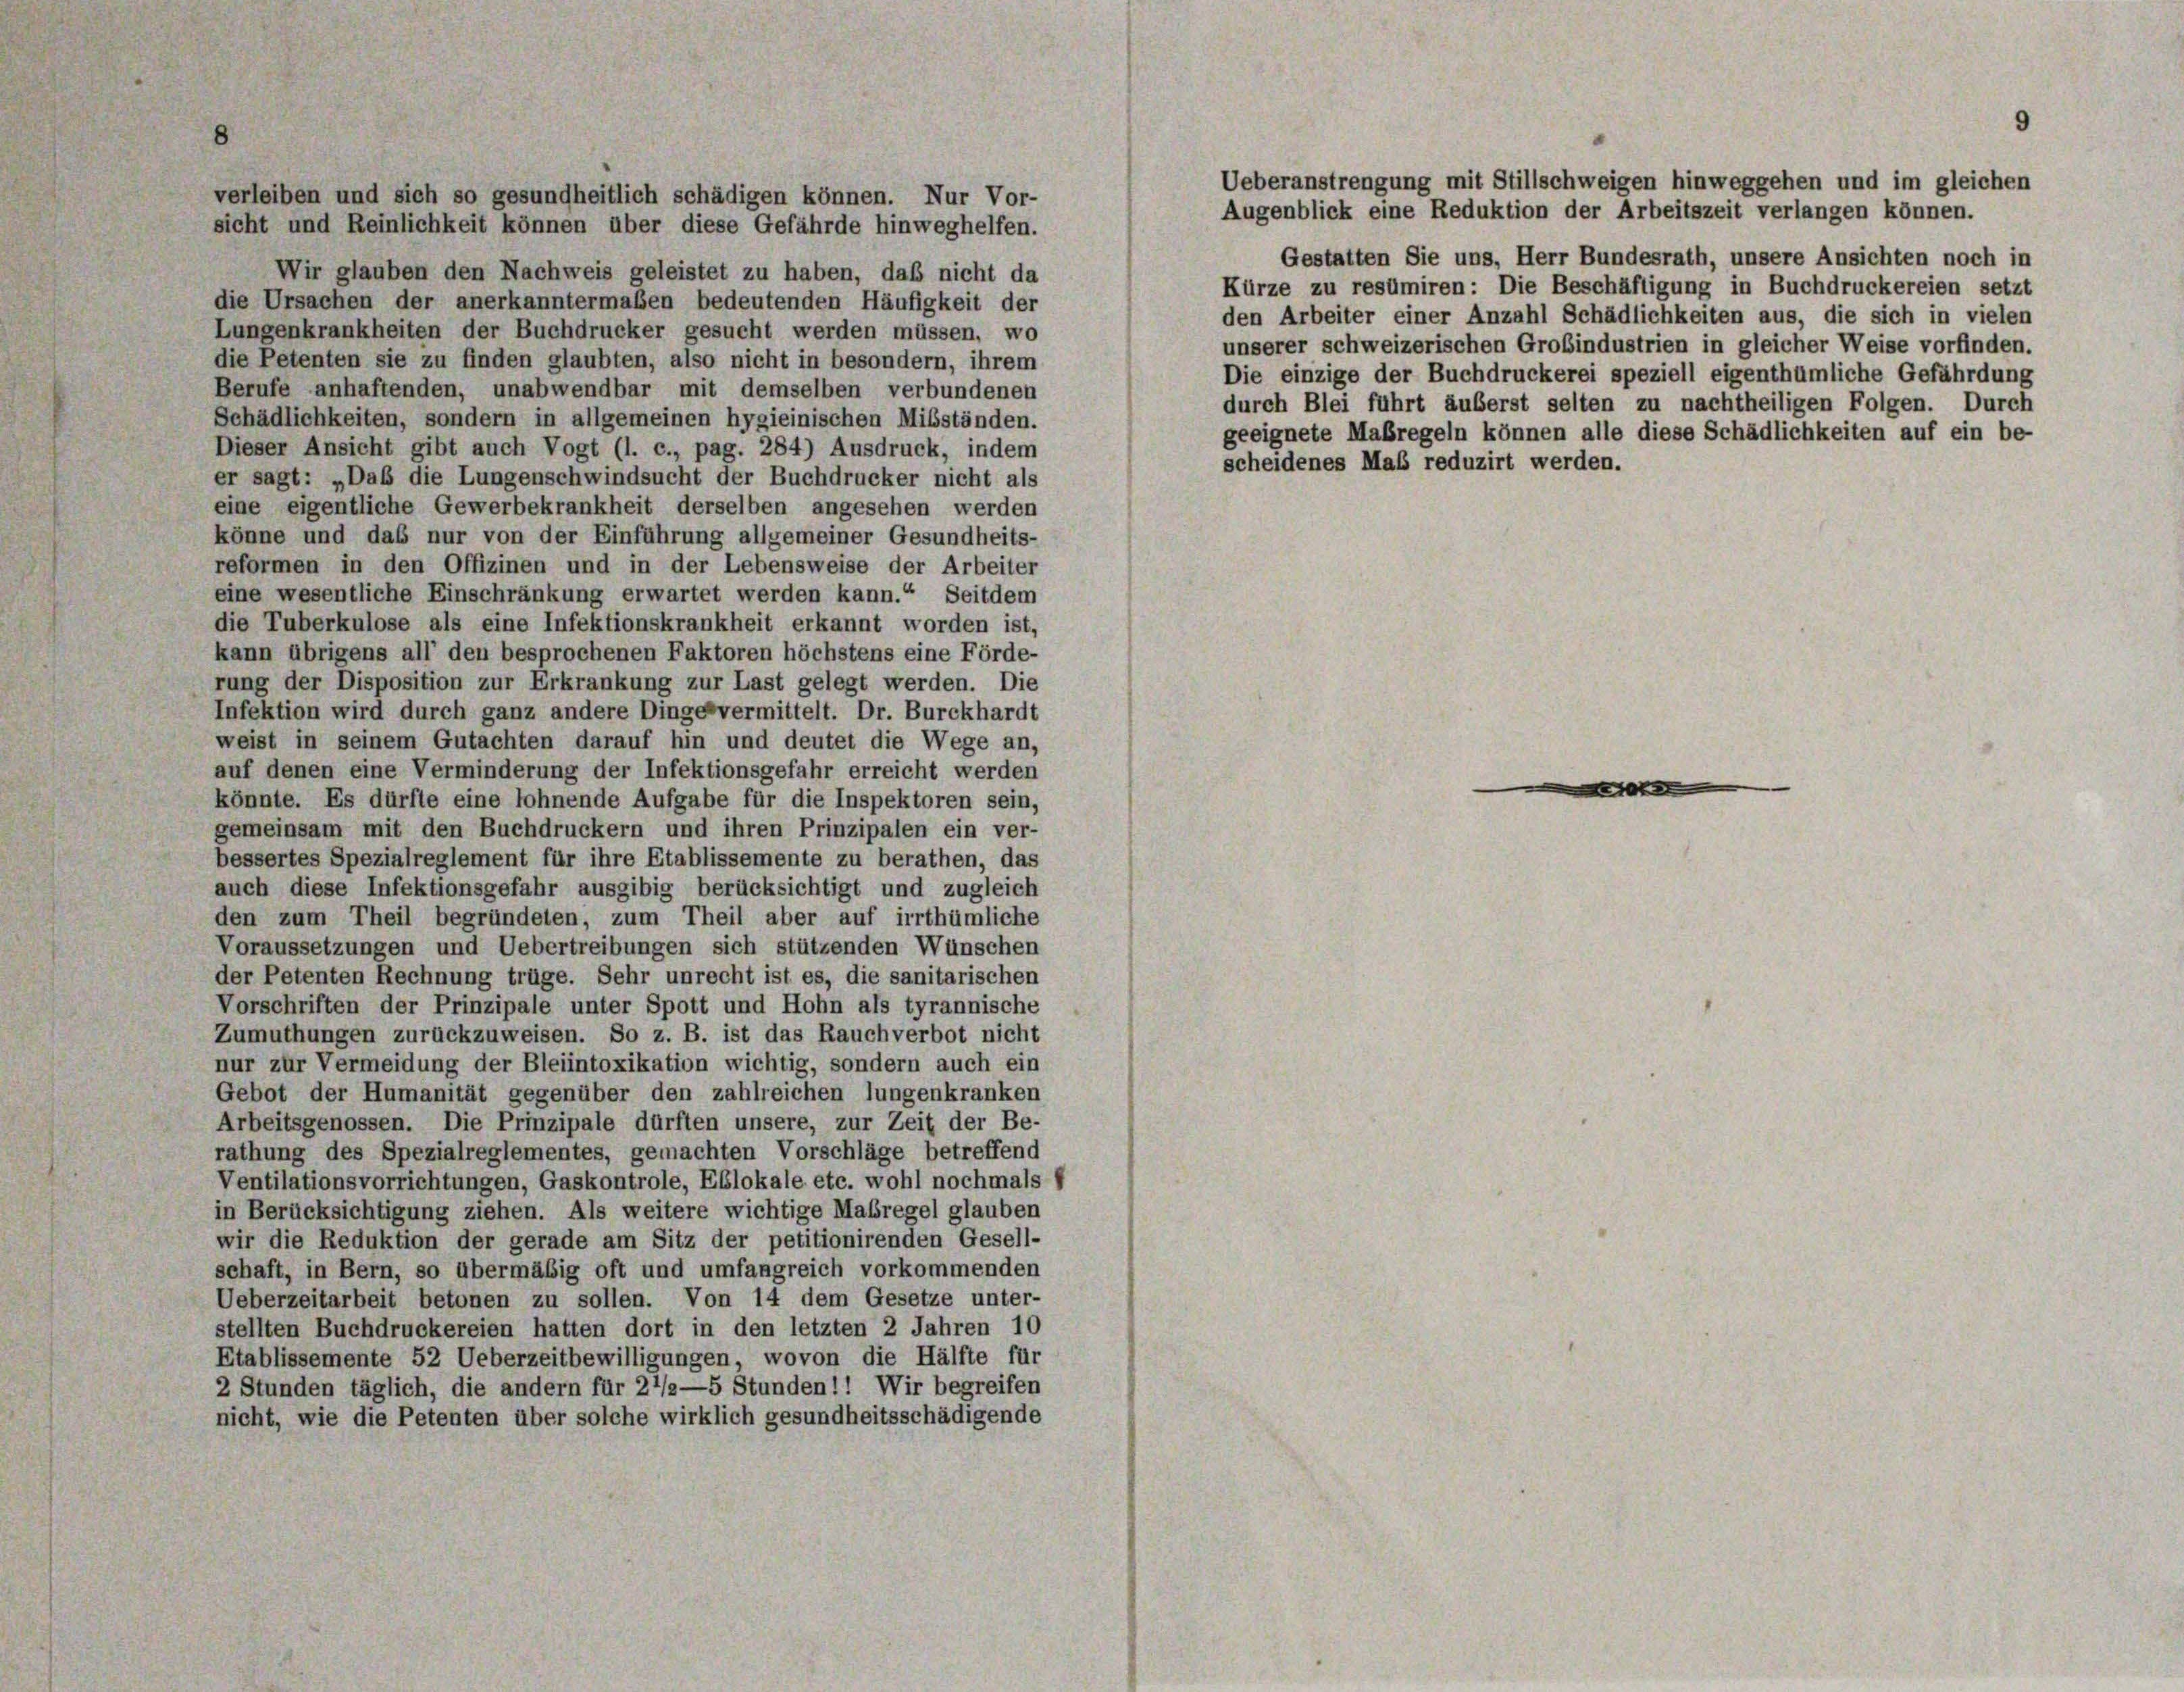
verleiben und sich so gesundheitlich schädigen können. Nur Vor-
Augenblick eine Reduktion der Arbeitszeit verlangen können.
sicht und Reinlichkeit können über diese Gefährde hinweghelfen.
Gestatten Sie uns, Herr Bundesrath, unsere Ansichten noch in
Wir glauben den Nachweis geleistet zu haben, daß nicht da
Kürze zu resümiren: Die Beschäftigung in Buchdruckereien setzt
die Ursachen der anerkanntermaßen bedeutenden Häufigkeit der
den Arbeiter einer Anzahl Schädlichkeiten aus, die sich in vielen
Lungenkrankheiten der Buchdrucker gesucht werden müssen, wo
unserer schweizerischen Grobindustrien in gleicher Weise vorfinden.
die Petenten sie zu finden glaubten, also nicht in besondern, ihrem
Die einzige der Buchdruckerei speziell eigenthümliche Gefährdung
Berufe anhaftenden, unabwendbar mit demselben verbundenen
durch Blei führt äuberst selten zu nachtheiligen Folgen. Durch
Schädlichkeiten, sondern in allgemeinen hygieinischen Mißständen.
geeignete Maßregeln können alle diese Schädlichkeiten auf ein be-
Dieser Ansicht gibt auch Vogt (l. c., pag. 284) Ausdruck, indem
scheidenes Maß reduzirt werden.
er sagt: „Daß die Lungenschwindsucht der Buchdrucker nicht als
eine eigentliche Gewerbekrankheit derselben angesehen werden
könne und das nur von der Einführung allgemeiner Gesundheits-
reformen in den Offizinen und in der Lebensweise der Arbeiter
eine wesentliche Einschränkung erwartet werden kann.“ Seitdem
die Tuberkulose als eine Infektionskrankheit erkannt worden ist,
kann übrigens all’ den besprochenen Faktoren höchstens eine Förde-
rung der Disposition zur Erkrankung zur Last gelegt werden. Die
Infektion wird durch ganz andere Dinge vermittelt. Dr. Burckhardt
weist in seinem Gutachten darauf hin und deutet die Wege an,
auf denen eine Verminderung der Infektionsgefahr erreicht werden
könnte. Es dürfte eine lohnende Aufgabe für die Inspektoren sein,
gemeinsam mit den Buchdruckern und ihren Prinzipalen ein ver-
bessertes Spezialreglement für ihre Etablissemente zu berathen, das
auch diese Infektionsgefahr ausgibig berücksichtigt und zugleich
den zum Theil begründeten, zum Theil aber auf irrthümliche
Voraussetzungen und Uebertreibungen sich stützenden Wünschen
der Petenten Rechnung trüge. Sehr unrecht ist es, die sanitarischen
Vorschriften der Prinzipale unter Spott und Hohn als tyrannische
Zumuthungen zurückzuweisen. So z. B. ist das Rauchverbot nicht
nur zur Vermeidung der Bleiintoxikation wichtig, sondern auch ein
Gebot der Humanität gegenüber den zahlreichen lungenkranken
Arbeitsgenossen. Die Prinzipale dürften unsere, zur Zeit der Be-
rathung des Spezialreglementes, gemachten Vorschläge betreffend
Ventilationsvorrichtungen, Gaskontrole, Eblokale etc. wohl nochmals f
in Berücksichtigung ziehen. Als weitere wichtige Maßregel glauben
wir die Reduktion der gerade am Sitz der petitionirenden Gesell-
schaft, in Bern, so übermäßig oft und umfangreich vorkommenden
Ueberzeitarbeit betonen zu sollen. Von 14 dem Gesetze unter-
stellten Buchdruckereien hatten dort in den letzten 2 Jahren 10
Etablissemente 52 Ueberzeitbewilligungen, wovon die Hälfte für
2 Stunden täglich, die andern für 27/2—5 Stunden!! Wir begreifen
nicht, wie die Petenten über solche wirklich gesundheitsschädigende

Ueberanstrengung mit Stillschweigen hinweggehen und im gleichen